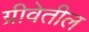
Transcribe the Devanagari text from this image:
ग्रीवेतील